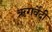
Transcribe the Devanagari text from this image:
ऋगर्वेदी